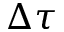
\Delta \tau